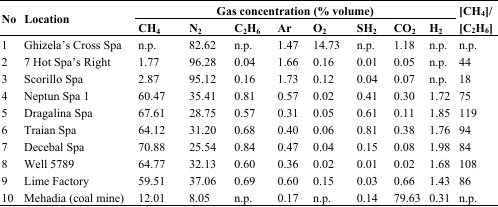
<table><thead><tr><td rowspan="2"><b>No</b></td><td rowspan="2"><b>Location</b></td><td colspan="8"><b>Gas concentration (% volume)</b></td><td rowspan="2"><b>[CH<sub>4</sub>]/[C<sub>2</sub>H<sub>6</sub>]</b></td></tr><tr><td><b>CH<sub>4</sub></b></td><td><b>N<sub>2</sub></b></td><td><b>C<sub>2</sub>H<sub>6</sub></b></td><td><b>Ar</b></td><td><b>O<sub>2</sub></b></td><td><b>SH<sub>2</sub></b></td><td><b>CO<sub>2</sub></b></td><td><b>H<sub>2</sub></b></td></tr></thead><tbody><tr><td>1</td><td>Ghizela’s Cross Spa</td><td>n.p.</td><td>82.62</td><td>n.p.</td><td>1.47</td><td>14.73</td><td>n.p.</td><td>1.18</td><td>n.p.</td><td>n.p.</td></tr><tr><td>2</td><td>7 Hot Spa’s Right</td><td>1.77</td><td>96.28</td><td>0.04</td><td>1.66</td><td>0.16</td><td>0.01</td><td>0.05</td><td>n.p.</td><td>44</td></tr><tr><td>3</td><td>Scorillo Spa</td><td>2.87</td><td>95.12</td><td>0.16</td><td>1.73</td><td>0.12</td><td>0.04</td><td>0.07</td><td>n.p.</td><td>18</td></tr><tr><td>4</td><td>Neptun Spa 1</td><td>60.47</td><td>35.41</td><td>0.81</td><td>0.57</td><td>0.02</td><td>0.41</td><td>0.30</td><td>1.72</td><td>75</td></tr><tr><td>5</td><td>Dragalina Spa</td><td>67.61</td><td>28.75</td><td>0.57</td><td>0.31</td><td>0.05</td><td>0.61</td><td>0.11</td><td>1.85</td><td>119</td></tr><tr><td>6</td><td>Traian Spa</td><td>64.12</td><td>31.20</td><td>0.68</td><td>0.40</td><td>0.06</td><td>0.81</td><td>0.38</td><td>1.76</td><td>94</td></tr><tr><td>7</td><td>Decebal Spa</td><td>70.88</td><td>25.54</td><td>0.84</td><td>0.47</td><td>0.04</td><td>0.15</td><td>0.08</td><td>1.98</td><td>84</td></tr><tr><td>8</td><td>Well 5789</td><td>64.77</td><td>32.13</td><td>0.60</td><td>0.36</td><td>0.02</td><td>0.01</td><td>0.02</td><td>1.68</td><td>108</td></tr><tr><td>9</td><td>Lime Factory</td><td>59.51</td><td>37.06</td><td>0.69</td><td>0.60</td><td>0.15</td><td>0.03</td><td>0.66</td><td>1.43</td><td>86</td></tr><tr><td>10</td><td>Mehadia (coal mine)</td><td>12.01</td><td>8.05</td><td>n.p.</td><td>0.17</td><td>n.p.</td><td>0.14</td><td>79.63</td><td>0.31</td><td>n.p.</td></tr></tbody></table>